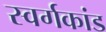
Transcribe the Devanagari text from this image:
स्वर्गकांड